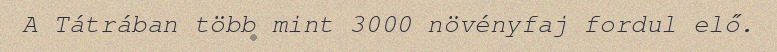
A Tátrában több mint 3000 növényfaj fordul elő.